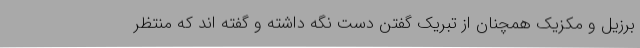
برزیل و مکزیک همچنان از تبریک گفتن دست نگه داشته و گفته اند که منتظر